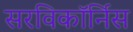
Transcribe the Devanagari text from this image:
सरविकॉर्निस